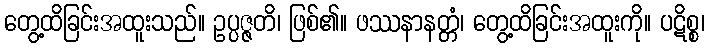
တွေ့ထိခြင်းအထူးသည်။ ဥပ္ပဇ္ဇတိ၊ ဖြစ်၏။ ဖဿနာနတ္တံ၊ တွေ့ထိခြင်းအထူးကို။ ပဋိစ္စ၊